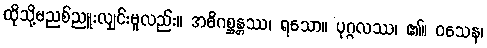
ထိုသို့မညစ်ညူးလျှင်းမူလည်း။ အဓိဂစ္ဆန္တဿ၊ ရသော။ ပုဂ္ဂလဿ၊ ၏။ ဝသေန၊